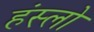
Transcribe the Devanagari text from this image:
हंस्लो